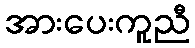
အားပေးကူညီ